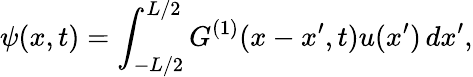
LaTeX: \psi(x,t)=\int_{-L/2}^{L/2}G^{(1)}(x-x^{\prime},t)u(x^{\prime})\, dx^{\prime},